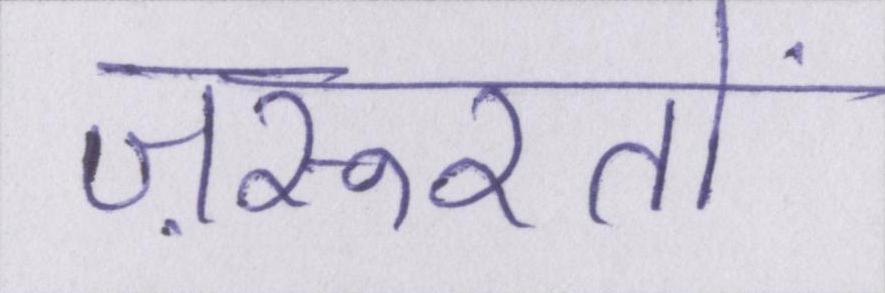
ज़रूरतों